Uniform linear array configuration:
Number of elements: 8
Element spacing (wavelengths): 0.5
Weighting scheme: uniform
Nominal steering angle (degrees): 60
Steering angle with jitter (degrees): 58.358
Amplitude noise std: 0.05
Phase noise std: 0.05

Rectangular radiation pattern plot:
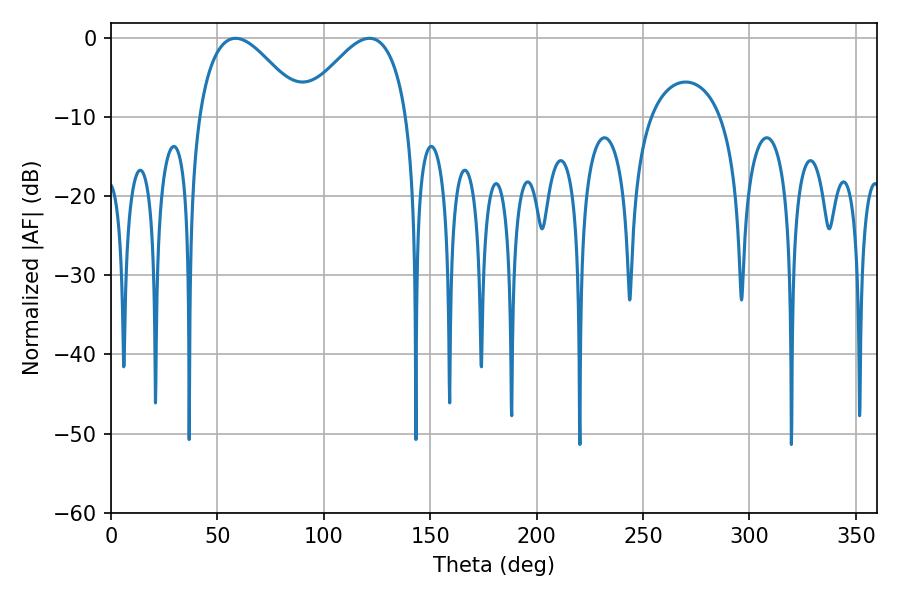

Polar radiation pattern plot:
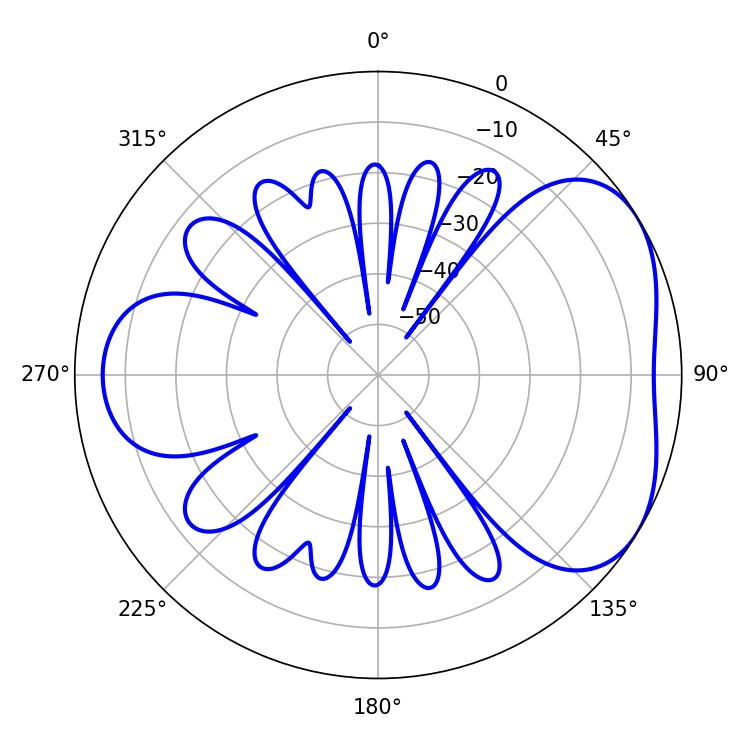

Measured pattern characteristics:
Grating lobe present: FALSE
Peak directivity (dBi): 4.336
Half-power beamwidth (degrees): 26.82
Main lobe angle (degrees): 121.5